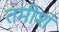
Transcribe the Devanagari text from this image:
तमीशं